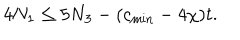
4 N _ { 1 } \leq 5 N _ { 3 } - ( c _ { \mathrm { m i n } } - 4 \chi ) t .